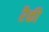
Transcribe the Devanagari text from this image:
रैकी